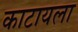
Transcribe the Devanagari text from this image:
काटायला